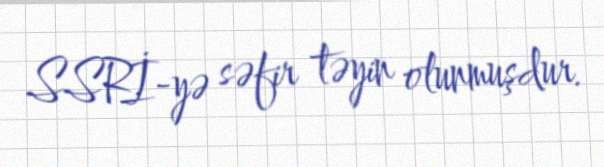
SSRİ-yə səfir təyin olunmuşdur.